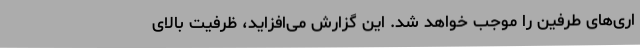
اری‌های طرفین را موجب خواهد شد. این گزارش می‌افزاید، ظرفیت بالای